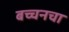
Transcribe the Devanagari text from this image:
बच्चनचा